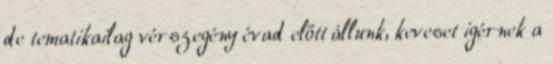
de tematikailag vérszegény évad előtt állunk, keveset igérnek a